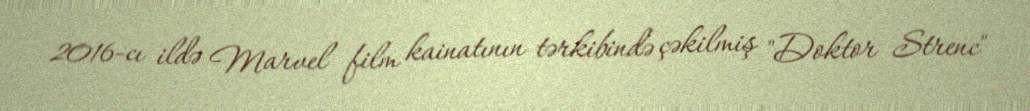
2016-cı ildə Marvel film kainatının tərkibində çəkilmiş "Doktor Strenc"